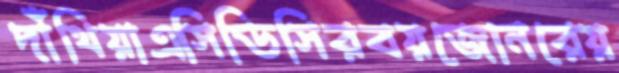
দাঁথিয়াএসিডিসিরবয়জোনরেয়